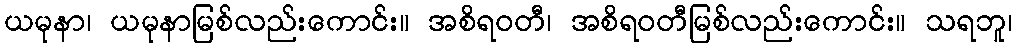
ယမုနာ၊ ယမုနာမြစ်လည်းကောင်း။ အစိရဝတီ၊ အစိရဝတီမြစ်လည်းကောင်း။ သရဘူ၊